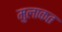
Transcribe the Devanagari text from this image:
मुलाकत